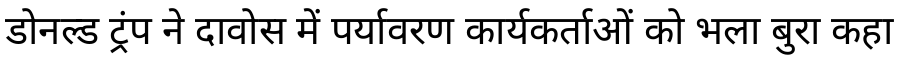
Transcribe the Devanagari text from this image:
डोनल्ड ट्रंप ने दावोस में पर्यावरण कार्यकर्ताओं को भला बुरा कहा